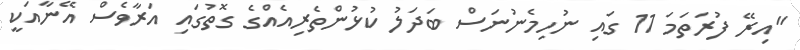
"އިރޭ ފުރަތަމަ 11 ގައި ނުހިމެނުނަސް ބަދަލު ކުޅުންތެރިއެއްގެ ގޮތުގައި އަރާވެސް އޭނާއަކީ